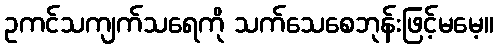
ဥကင်သကျက်သရေကို သက်သေစေဘုန်းဖြင့်မမေ့။